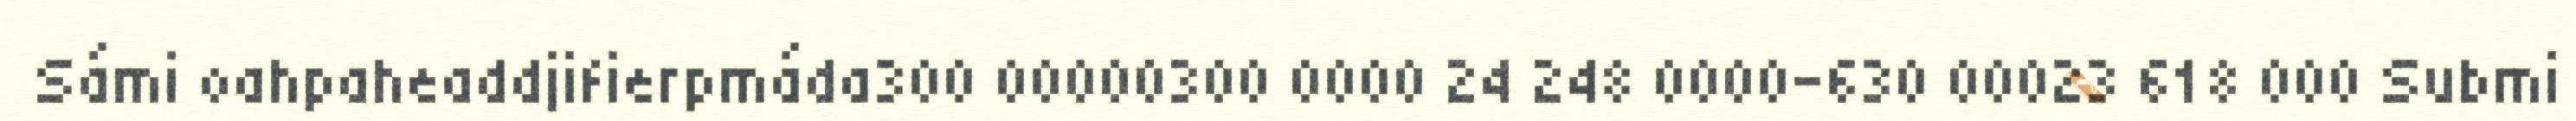
Sámi oahpaheaddjifierpmáda300 00000300 0000 24 248 0000-630 00023 618 000 Submi